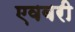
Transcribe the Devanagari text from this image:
एवबरी